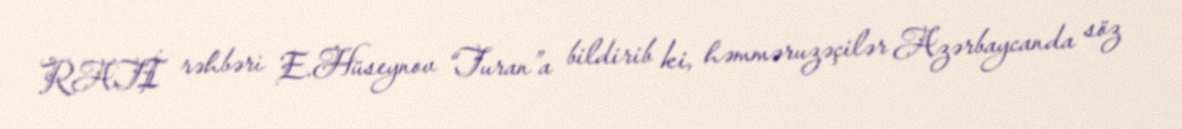
RATİ rəhbəri E.Hüseynov “Turan”a bildirib ki, həmməruzəçilər Azərbaycanda söz